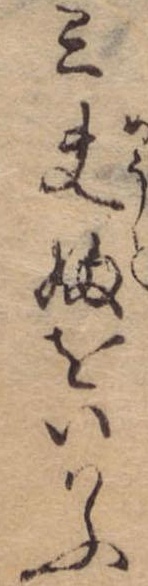
三夫婦をいはふ